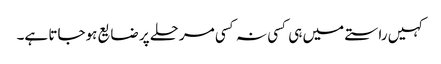
کہیں راستے میں ہی کسی نہ کسی مرحلے پر ضایع ہوجاتا ہے۔